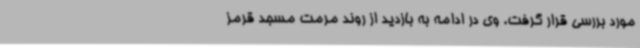
مورد بررسی قرار گرفت. وی در ادامه به بازدید از روند مرمت مسجد قرمز